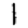
Digit: 1